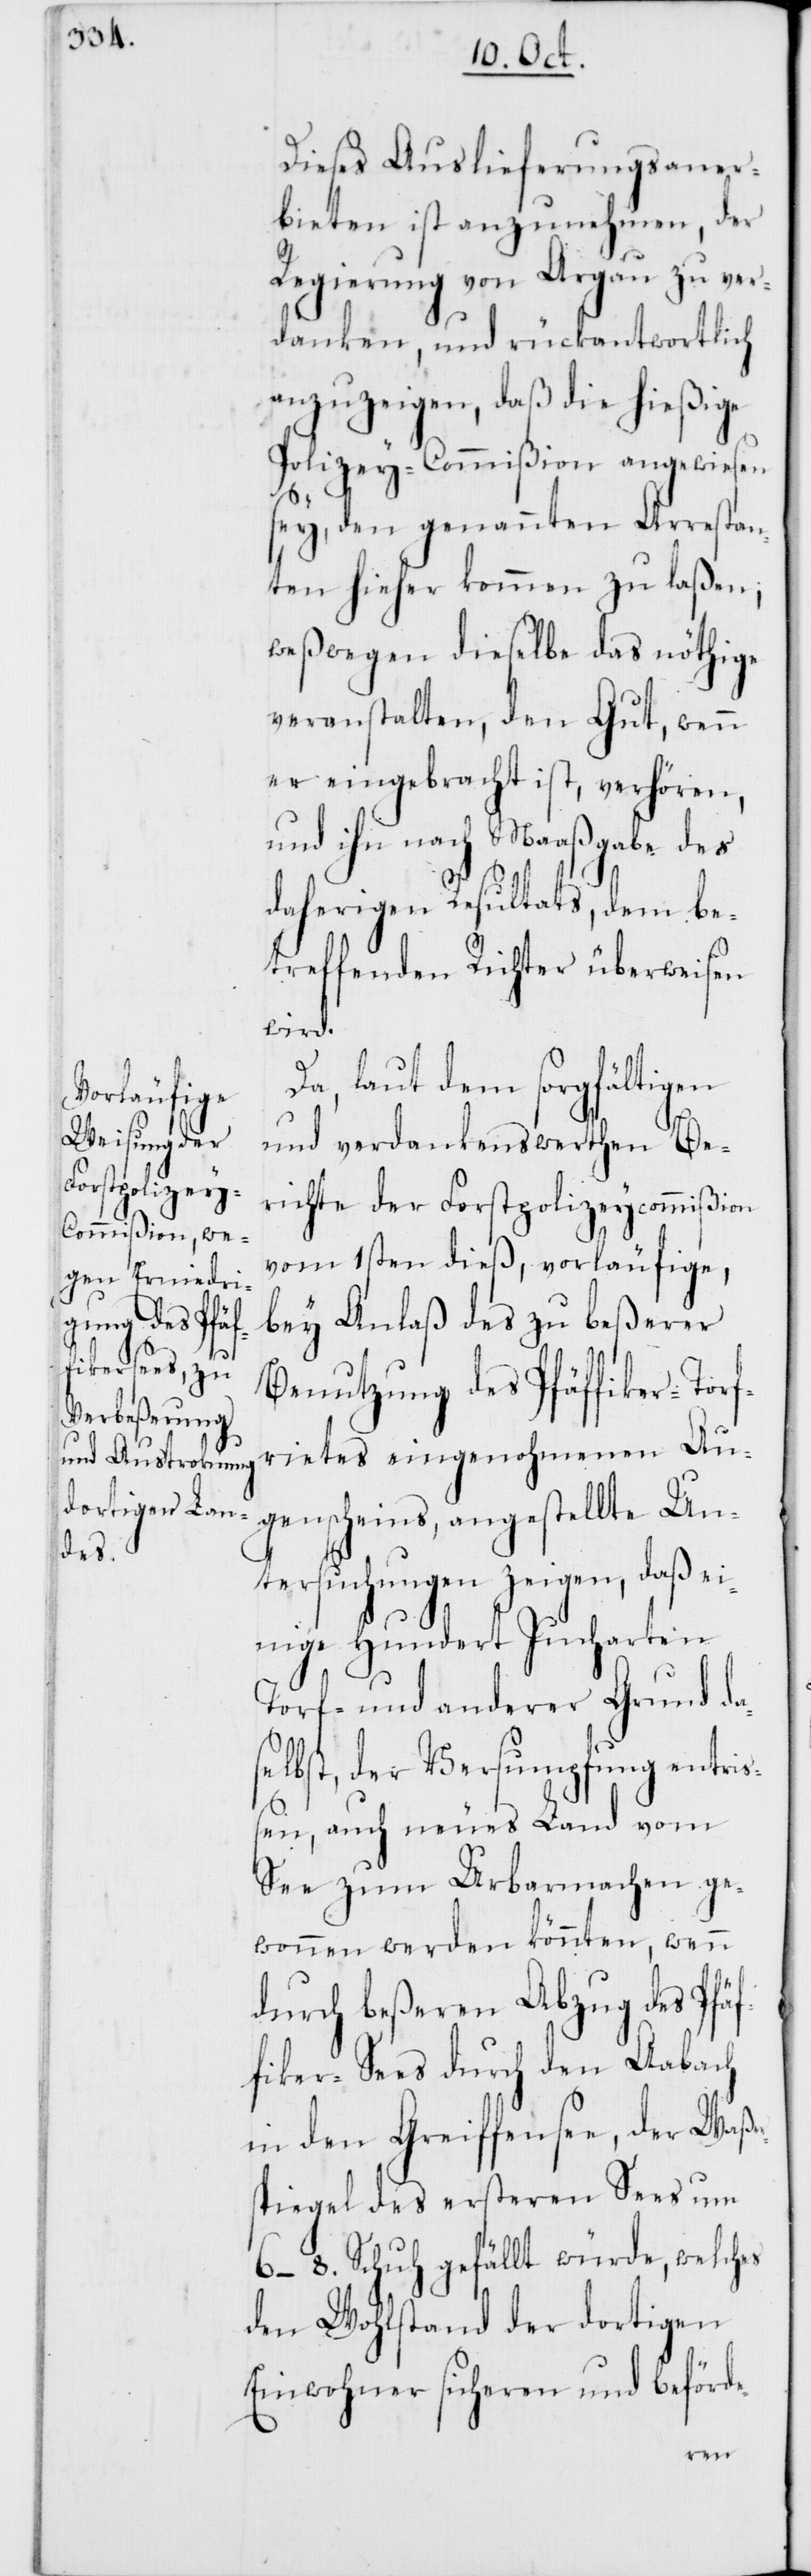
ers¬

Dieses Auslieferungsaner¬
bieten ist anzunehmen, der
Regierung von Argau zu ver¬
danken, und rückantwortlich
anzuzeigen, daß die hießige
Polizey-Commißion angewiesen
sey, den genannten Arrestan¬
ten hieher kommen zu laßen;
weßwegen dieselbe das nöthige
veranstalten, den Gut, wenn
er eingebracht ist, verhören,
und ihn nach Maaßgabe des
daherigen Resultats, dem be¬
treffenden Richter überweisen
wird.
Da, laut dem sorgfältigen
und verdankenswerthen Be¬
richte der Forstpolizeycommißion
vom 1sten dieß, vorläufige,
bey Anlaß des zu beßerer
Benutzung des Pfäffiker-Torf¬
rietes eingenohmenen Au¬
genscheins, angestellte Un¬
tersuchungen zeigen, daß ei¬
nige hundert Jucharten
Torf- und anderer Grund d¬
bst, der Versumpfung entriß¬
en, auch neues Land vom
See zum Urbarmachen ge¬
wonnen werden könnten, wenn
durch beßeren Abzug des Pfäf¬
fiker-Sees durch den Aabach
in den Greifensee, der Waß¬
piegel des ersteren Sees um
6–8. Schuh gefällt würde, welches
den Wohlstand der dortigen
Einwohner sicheren und beförde-